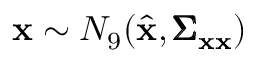
\mathbf { x } \sim N _ { 9 } ( \hat { \mathbf { x } } , \pmb { \Sigma } _ { \mathbf { x } \mathbf { x } } )